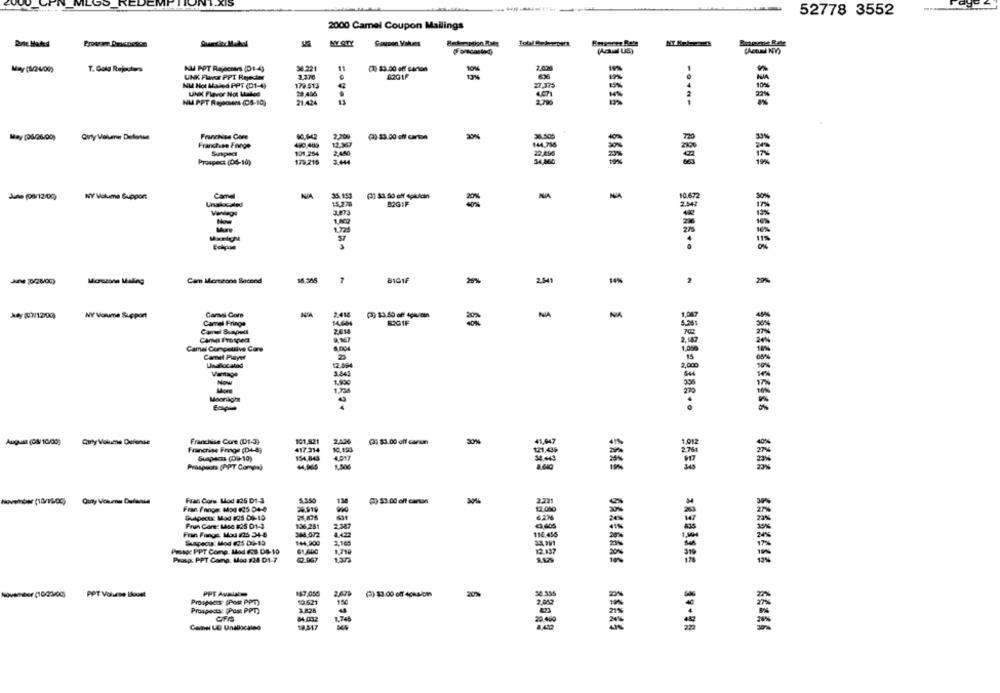
52778 3552
-
2000 Camel Coupon Mailings
AY QTY
KU PPT Rajecmars (D1-4)
36 221
10%4
1.3.70
63G1F
UNK Flavor PPT Rejecter
NM Hot Mailed PPT (D1-4)
179 513
27,375
10%
UNK Flavor Not Lailas
NU PPT Rejociens (06-10)
21.424
May (06/26/00)
Only Valme Detosse
Franchise Core
60.042
2.309
-
Franches Fange
440.449
Sunpad
101.254
179,216
2,40
3.444
Prospect (06-10)
À (08/12:00)
KY Volume Support
Camel
NA
35.153
10.672
30%
15,27
B2GIF
3,073
=
Maratona Maling
Cam Merseone Second
18.385
BIGIF
2.541
14%
2
2%
NY Volume Support
Caraal Gore
2.414
NA
NA
Camel Fringe
EGIF
Camel Spelt
CanMel Prospect
Camel Competlive Core
8,00
12.094
2,000
3.442
1 78
August (08/ 10/00]
Carly Volume Defense
Franchise Core (D1-3)
101,821
2.400
Q: $3.00 off canon
30%
1.012
Francrise Frage (D4-5)
417:314
2.750
Sunpacas (DU-10)
154,843
4.017
Praspoons (PPT Comya)
Outy Vokuru Duliance
Fran Corw Mod #25 D1-3
():$3.00 off carson
2221
Fran Fnnge: Mod (25 04-0
29.919
12.000
Frun Come: Mad $26 D1-3
106,251
2,387
Fran Fange Mod /26 34-8
344.072
1422
110.456
144,900
3.965
Proage PPT Comp. Mad dis DS-10
61,600
Prosp: PPT Comp. Mog #24 D1-7
7.967
PPT Volume İkoost
PPT Avalabe
147,056
2.679
(3) 33.00 of 4
Propsers (POR PPT)
10.521
1℃
Prospects: (Post PPT)
84.002
1,748
18,517
*===== 39-48